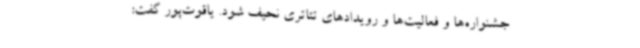
جشنواره‌ها و فعالیت‌ها و رویدادهای تئاتری نحیف شود. یاقوت‌پور گفت: